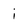
Character: i